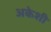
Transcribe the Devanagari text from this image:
अकेशी